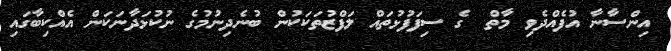
އިންސާނާ އުފެއްދެވި މާތް  ގެ ސިފަފުޅުތައް ލަފްޒުތަކަކުން ބުނެދިނުމުގެ ނުކުޅަދާނަކަން އެއްކިބާގައި